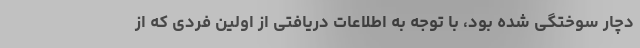
دچار سوختگی شده بود، با توجه به اطلاعات دریافتی از اولین فردی که از